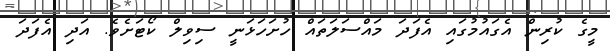
މީގެ ކުރިން އެގައުމުގައި އެފަދަ މައްސަލަތައް ހުށަހަޅަނީ ސިވިލް ކޯޓަށެވެ. އަދި އެފަދަ